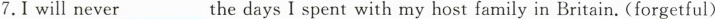
7.I will never____ the days I spent with my host family in Britain.(forgetful)